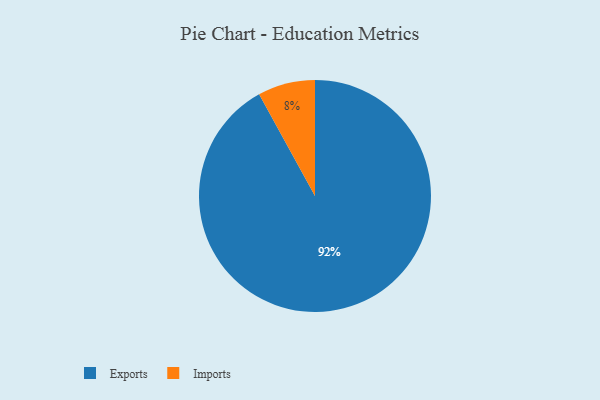
{"axis": {"x": "Category", "y": "Percentage"}, "legend": ["Exports", "Imports"], "data": [{"x": "Imports", "y": 8, "type": "Imports"}, {"x": "Exports", "y": 92, "type": "Exports"}]}